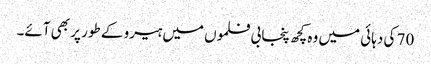
70 کی دہائی میں وہ کچھ پنجابی فلموں میں ہیرو کے طور پر بھی آئے۔